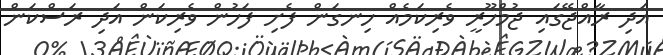
އަދި ރާއްޖޭގައި ޖުމްހޫރީ ވެރިކަމެއް ހިނގަން ފެށި ފަހުން ވެރިކަން އަދި ރަސްކަން